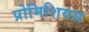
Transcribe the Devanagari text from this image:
प्रोमिशियस